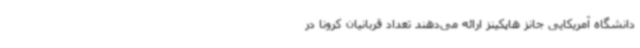
دانشگاه آمریکایی جانز هاپکینز ارائه می‌دهند تعداد قربانیان کرونا در